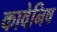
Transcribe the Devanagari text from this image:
कावेनिष